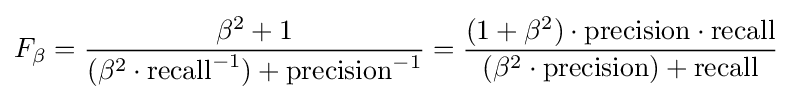
F_{\beta }={\frac {\beta ^{2}+1}{(\beta ^{2}\cdot \mathrm {recall} ^{-1})+\mathrm {precision} ^{-1}}}={\frac {(1+\beta ^{2})\cdot \mathrm {precision} \cdot \mathrm {recall} }{(\beta ^{2}\cdot \mathrm {precision} )+\mathrm {recall} }}